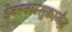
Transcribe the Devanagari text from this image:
डेक्स्ट्रान्सुक्रानेज़